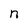
Character: n